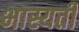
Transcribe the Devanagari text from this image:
भास्यती